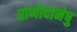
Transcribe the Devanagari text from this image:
प्राणोदानेषु